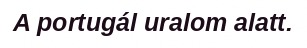
A portugál uralom alatt.